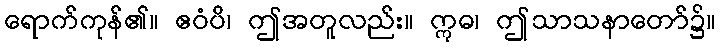
ရောက်ကုန်၏။ ဧဝံပိ၊ ဤအတူလည်း။ ဣဓ၊ ဤသာသနာတော်၌။